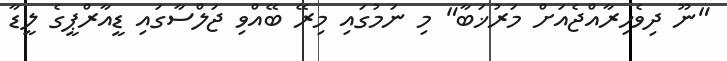
"ނޫ ދިވެހިރާއްޖެއަށް މަރުޚަބާ" މި ނަމުގައި މިރޭ ބޭއްވި ޖަލްސާގައި ޑީއާރްޕީގެ ލީޑާ